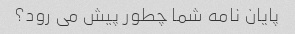
پایان نامه شما چطور پیش می رود؟